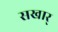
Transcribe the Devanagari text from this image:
सखार्